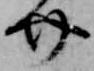
介